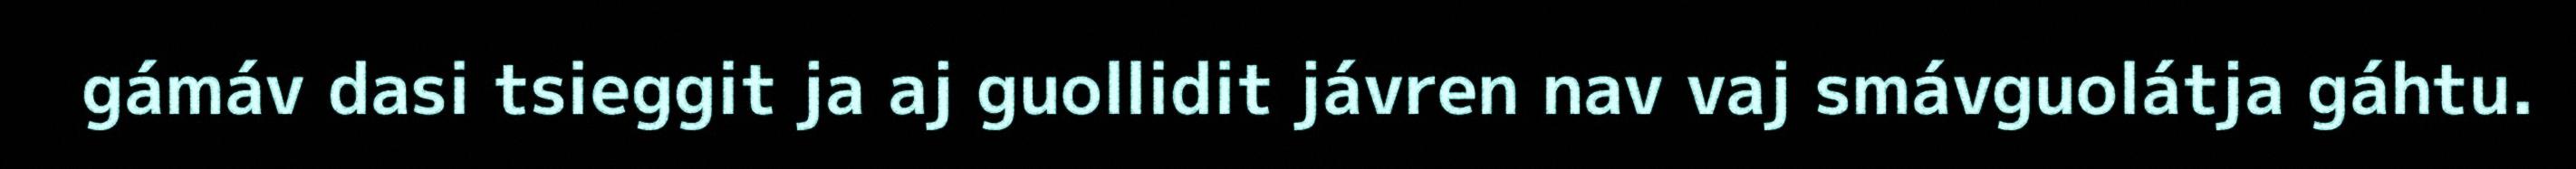
gámáv dasi tsieggit ja aj guollidit jávren nav vaj smávguolátja gáhtu.